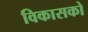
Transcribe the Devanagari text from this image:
विकासको